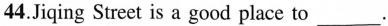
44.Jiqing Street is a good place to ___.